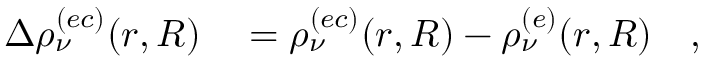
\begin{array} { r l } { \Delta \rho _ { \nu } ^ { ( e c ) } ( r , R ) } & { { } = \rho _ { \nu } ^ { ( e c ) } ( r , R ) - \rho _ { \nu } ^ { ( e ) } ( r , R ) \quad , } \end{array}